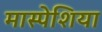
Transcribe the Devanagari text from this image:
मास्पेशिया